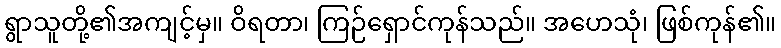
ရွာသူတို့၏အကျင့်မှ။ ဝိရတာ၊ ကြဉ်ရှောင်ကုန်သည်။ အဟေသုံ၊ ဖြစ်ကုန်၏။